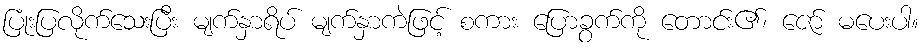
ပြုံးပြလိုက်သေးပြီး မျက်နှာရိပ် မျက်နှာကဲဖြင့် စကား ပြောခွက်ကို တောင်း၏၊ ဇော် မပေးပါ။